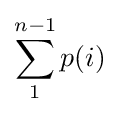
\sum _{1}^{n-1}p(i)